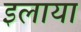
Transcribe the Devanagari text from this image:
इलाया